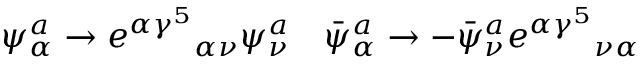
\psi _ { \alpha } ^ { a } \to { e ^ { \alpha \gamma ^ { 5 } } } _ { \alpha \nu } \psi _ { \nu } ^ { a } \quad \bar { \psi } _ { \alpha } ^ { a } \to - \bar { \psi } _ { \nu } ^ { a } { e ^ { \alpha \gamma ^ { 5 } } } _ { \nu \alpha } \quad